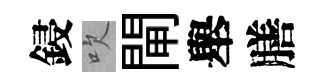
鋟吹閘舉膳